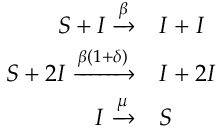
\begin{array} { r l } { S + I \xrightarrow { \beta } } & { { } I + I } \\ { S + 2 I \xrightarrow { { \beta ( { 1 + \delta } ) } } } & { { } I + 2 I } \\ { I \xrightarrow { \mu } } & { { } S } \end{array}